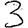
Digit: 3